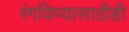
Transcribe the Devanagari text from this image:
रंगविण्यासाठीही